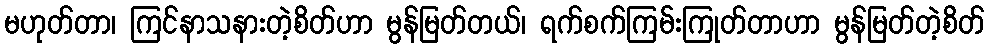
မဟုတ်တာ၊ ကြင်နာသနားတဲ့စိတ်ဟာ မွန်မြတ်တယ်၊ ရက်စက်ကြမ်းကြုတ်တာဟာ မွန်မြတ်တဲ့စိတ်